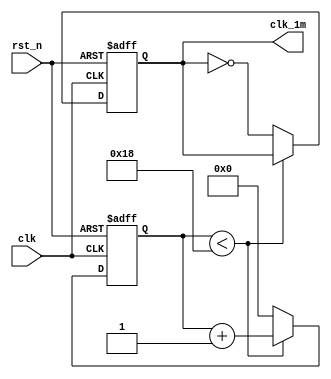
module clk_fenpin(
	input clk,
	input rst_n,
	output reg clk_1m
);

	reg    [25:0]   clk_cnt     ;        //
	//1Mhz
	always @ (posedge clk or negedge rst_n) begin
		 if (!rst_n) begin
			  clk_cnt <= 5'd0;
			  clk_1m  <= 1'b0;
		 end 
		 else if (clk_cnt < 26'd24) 
			  clk_cnt <= clk_cnt + 1'b1;       
		 else begin
			  clk_cnt <= 5'd0;
			  clk_1m  <= ~ clk_1m;
		 end 
	end

endmodule